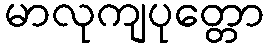
မာလုကျပုတ္တော